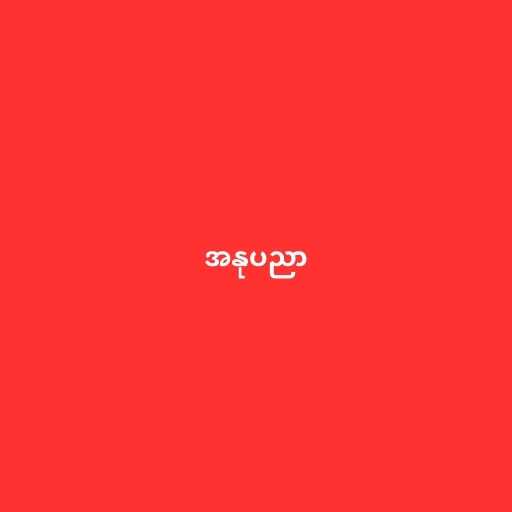
အနုပညာ